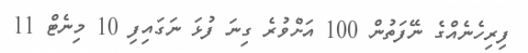
ފިރިހެނެއްގެ ނޭފަތުން 100 އަށްވުރެ ގިނަ ފުޅަ ނަގައިފި 10 މިނެޓް 11